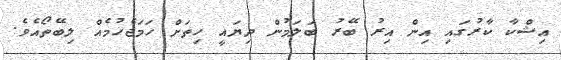
އިޝްކާ ކާރުގައި އިން އިރު ބޭރު ބަލަމުން ދިޔައީ ހިތަށް ހަމަޖެހުމެއް ލިބޭތޯއެވެ.